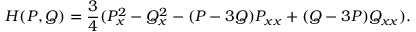
H ( P , Q ) = \frac { 3 } { 4 } ( P _ { x } ^ { 2 } - Q _ { x } ^ { 2 } - ( P - 3 Q ) P _ { x x } + ( Q - 3 P ) Q _ { x x } ) .